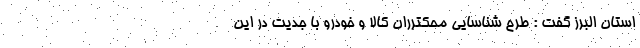
استان البرز گفت : طرح شناسایی محکترران کالا و خودرو با جدیت در این